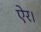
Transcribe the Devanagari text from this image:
ऐर।